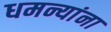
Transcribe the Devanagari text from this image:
धमन्यांना